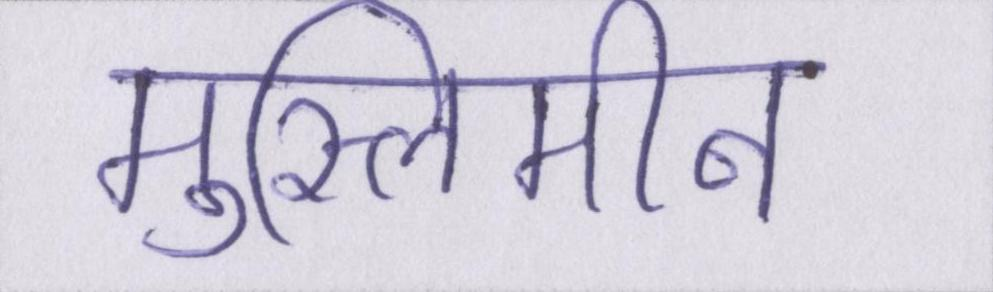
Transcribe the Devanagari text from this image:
मुस्लिमीन